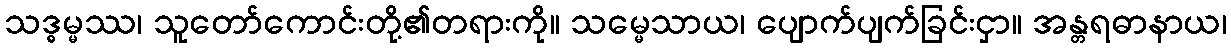
သဒ္ဓမ္မဿ၊ သူတော်ကောင်းတို့၏တရားကို။ သမ္မေသာယ၊ ပျောက်ပျက်ခြင်းငှာ။ အန္တရဓာနာယ၊